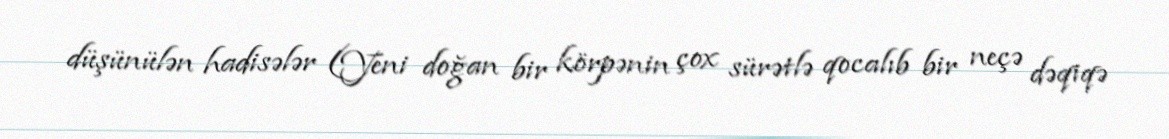
düşünülən hadisələr (Yeni doğan bir körpənin çox sürətlə qocalıb bir neçə dəqiqə